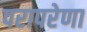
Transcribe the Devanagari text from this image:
परापरेणा